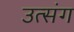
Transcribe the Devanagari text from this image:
उत्संग